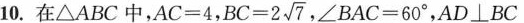
10. 在△ABC中，$$AC = 4$$， $$BC = 2 \sqrt{7}$$ ，$$∠B A C = 60°$$，AD⊥BC